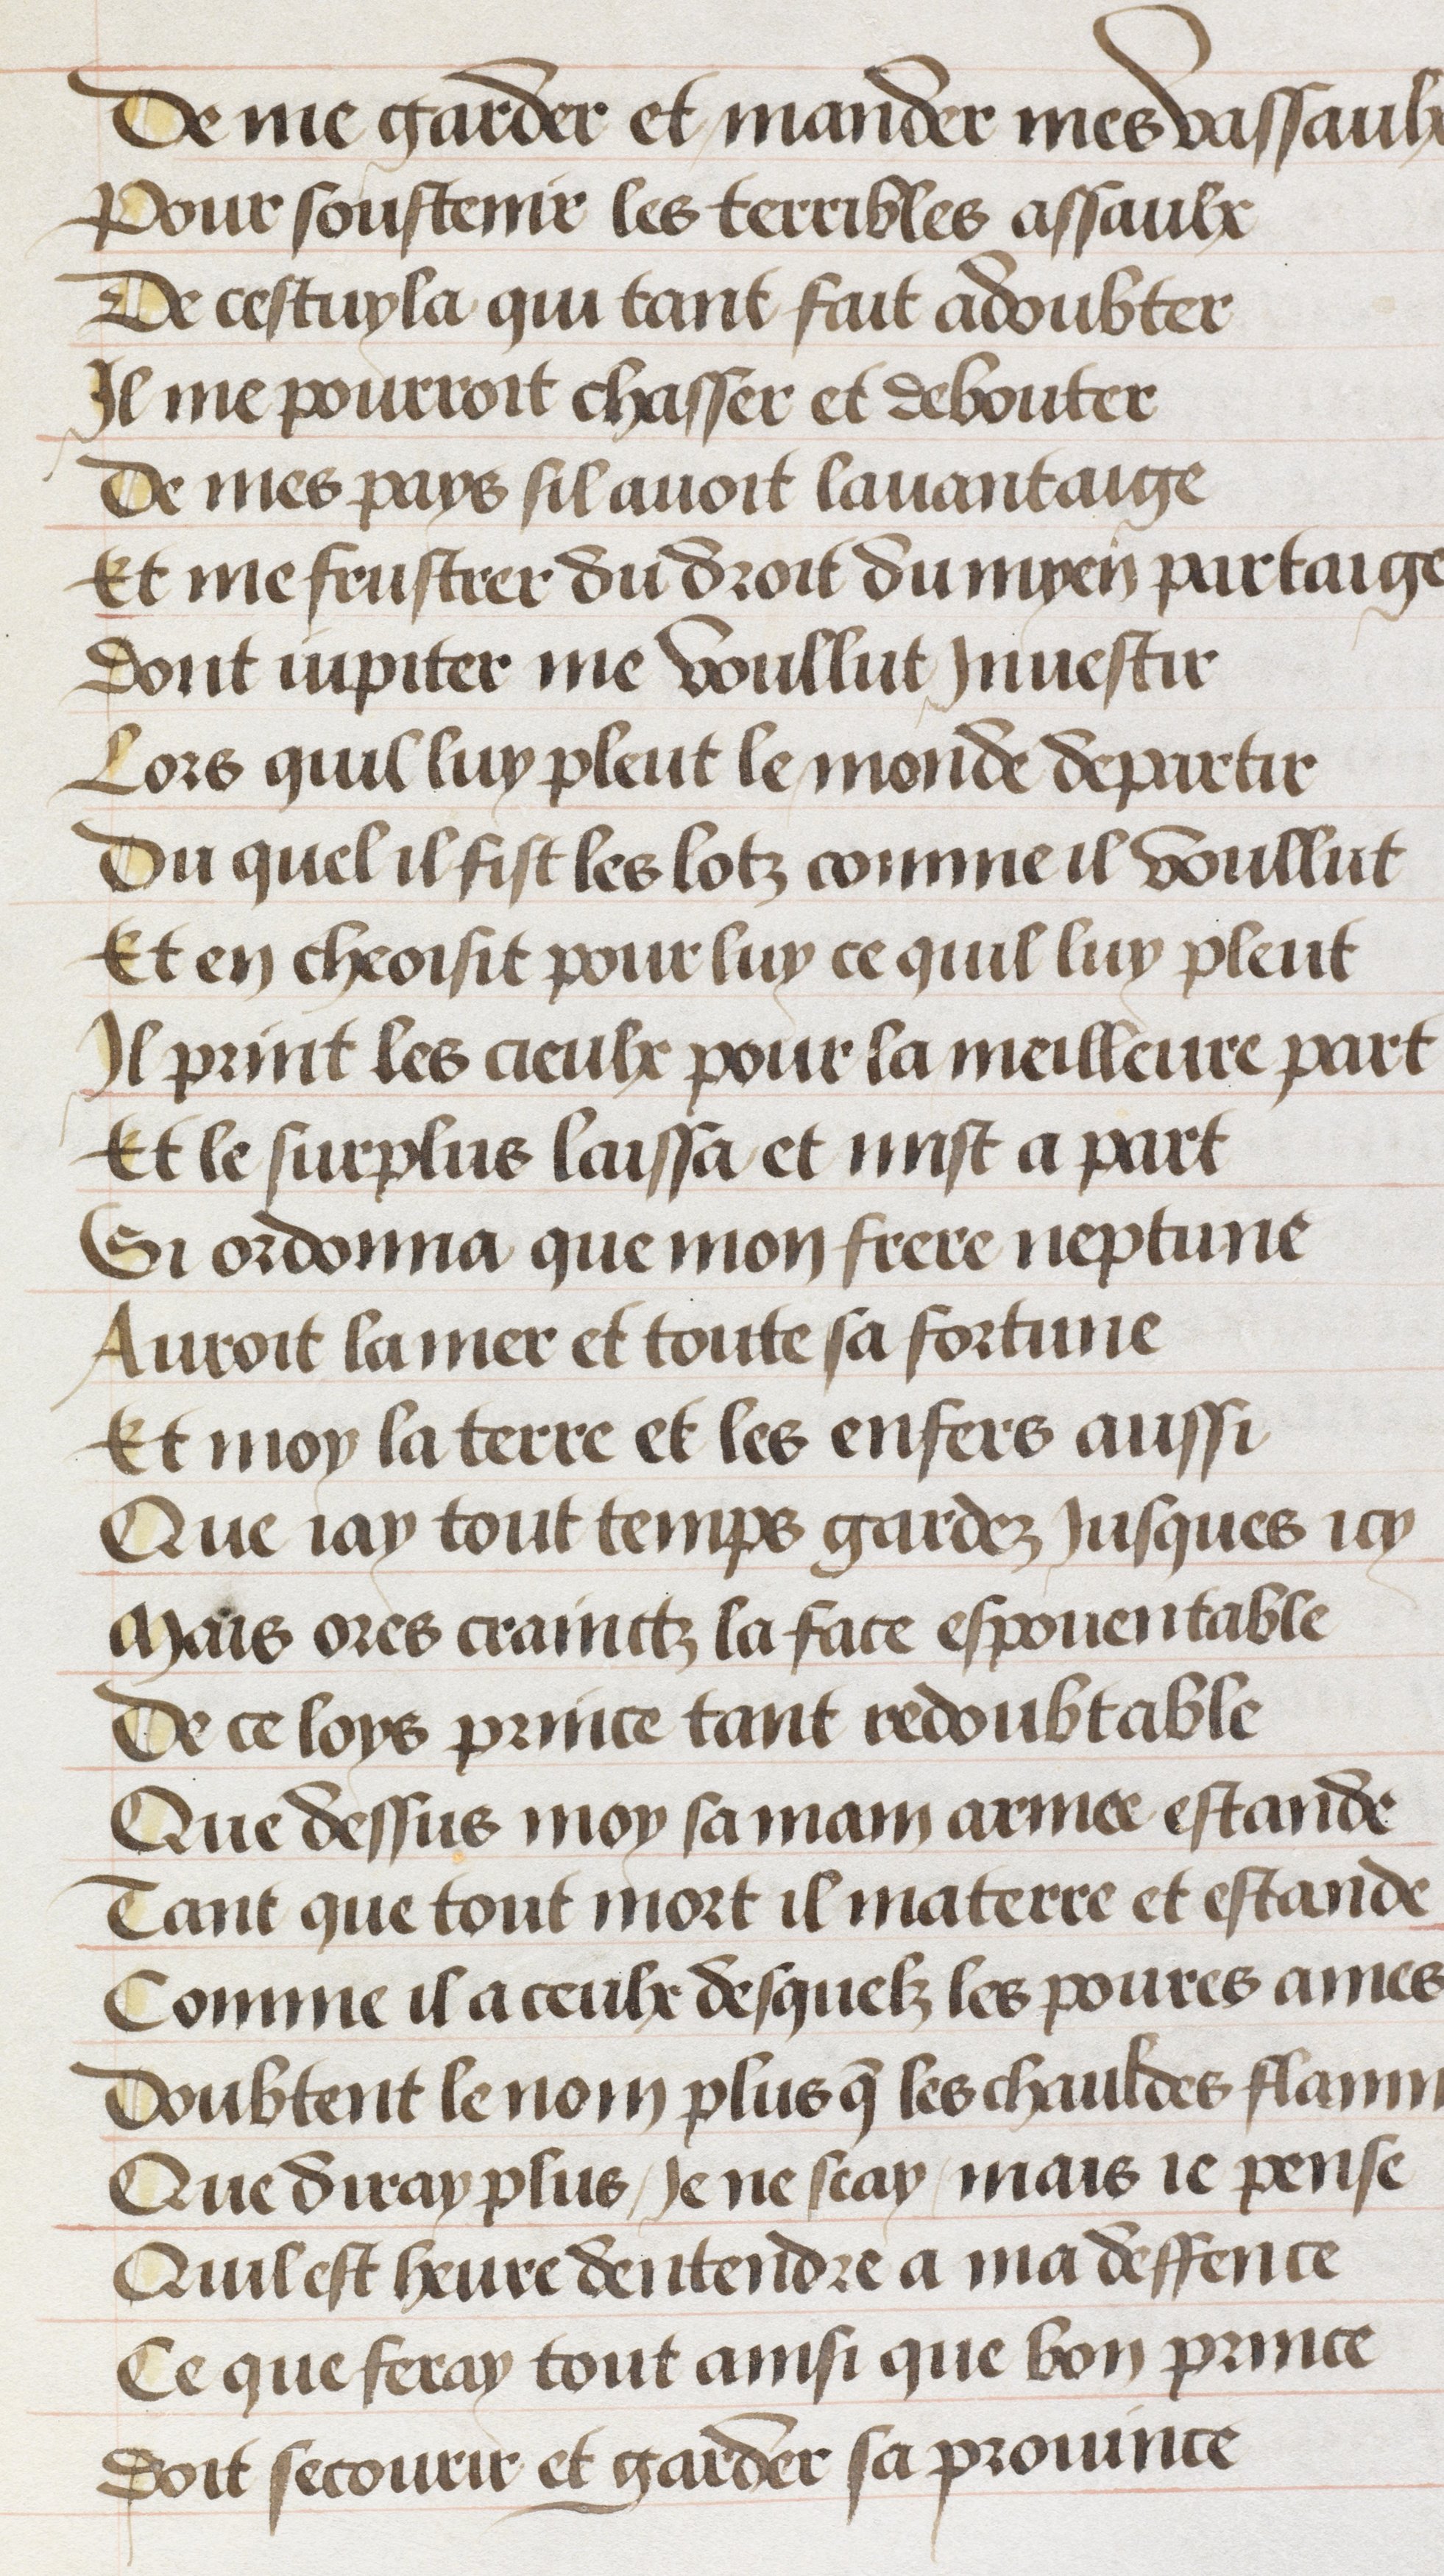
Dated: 1511–1515